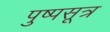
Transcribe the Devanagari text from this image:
पुष्पसूत्र